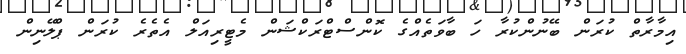
އިމާރާތް ކުރަން ބޭނުންކުރާ ހަ ބާވަތެއްގެ ކޮންސްޓްރަކްޝަން މެޓީރިއަލް އެތެރެ ކުރަން ޕްލޭނިން